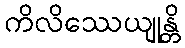
ကိလိဿေယျုန္တိ